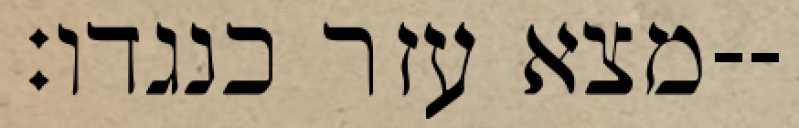
מצא עזר כנגדו׃--